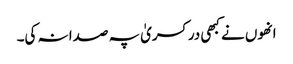
انھوں نے کبھی در کسریٰ پہ صدا نہ کی۔